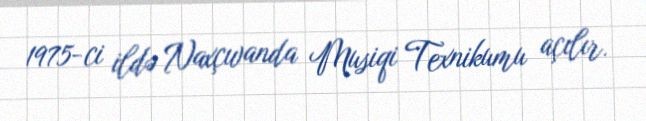
1975-ci ildə Naxçıvanda Musiqi Texnikumu açılır.